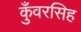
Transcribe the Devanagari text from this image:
कुँवरसिह